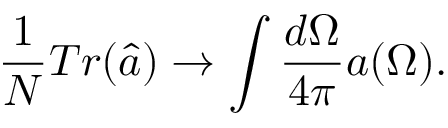
\frac { 1 } { N } T r ( \hat { a } ) \rightarrow \int \frac { d \Omega } { 4 \pi } a ( \Omega ) .